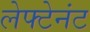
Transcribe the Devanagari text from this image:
लेफ्टेनंट